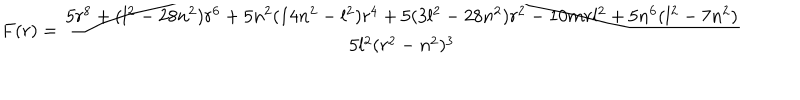
F ( r ) = { \frac { 5 r ^ { 8 } + ( l ^ { 2 } - 2 8 n ^ { 2 } ) r ^ { 6 } + 5 n ^ { 2 } ( 1 4 n ^ { 2 } - l ^ { 2 } ) r ^ { 4 } + 5 ( 3 l ^ { 2 } - 2 8 n ^ { 2 } ) r ^ { 2 } - 1 0 m r l ^ { 2 } + 5 n ^ { 6 } ( l ^ { 2 } - 7 n ^ { 2 } ) } { 5 l ^ { 2 } ( r ^ { 2 } - n ^ { 2 } ) ^ { 3 } } }